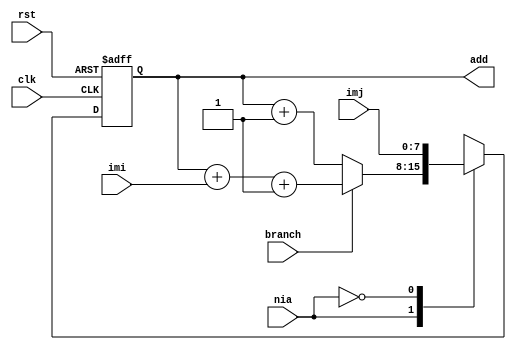
module programcounter(imj,imi,clk,rst,branch,nia,add);
    input [7:0] imj,imi;
    input branch,nia,clk,rst;
    wire [7:0] pc;
    output reg [7:0]add;
    assign pc = add;
    always @ (posedge clk or posedge rst)
        begin
        if(rst)
            add <= 8'h0;
        else
            begin
            case(nia)
                1:  begin
                    if(branch)
                        add <= pc + imi +1;
                    else
                        add <= pc+1;
                    end
                0:  begin
                        add <= imj;
                    end
            endcase
            $display("Time: %0d , add = %b ",$time,add);
            end
        end
endmodule